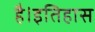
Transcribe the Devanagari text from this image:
है।इतिहास